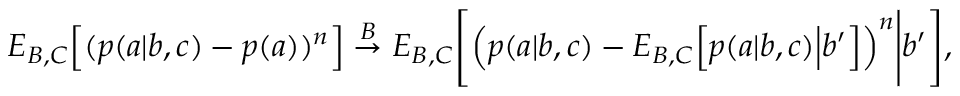
\begin{array} { r } { { E } _ { B , C } \Big [ ( p ( a | b , c ) - p ( a ) ) ^ { n } \Big ] \stackrel { B } { \rightarrow } { E } _ { B , C } \Bigg [ \Big ( p ( a | b , c ) - { E } _ { B , C } \Big [ p ( a | b , c ) \Big | b ^ { \prime } \Big ] \Big ) ^ { n } \Bigg | b ^ { \prime } \Bigg ] , } \end{array}